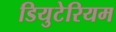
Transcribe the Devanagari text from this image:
डियुटेरियम